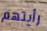
رأيتهم